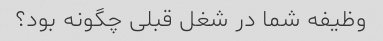
وظیفه شما در شغل قبلی چگونه بود؟